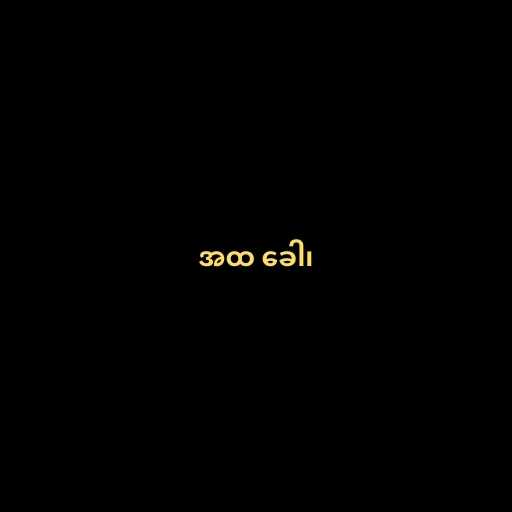
အထ ခေါ၊